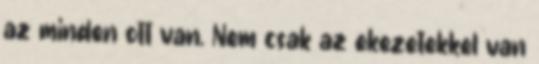
az minden ott van. Nem csak az ekezetekkel van